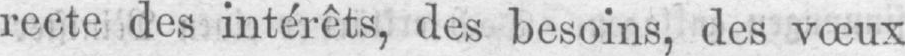
recte des intérêts, des besoins, des vœux